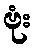
ဗုံး